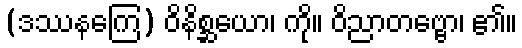
(ဒဿနကြေ) ဝိနိစ္ဆယော၊ ကို။ ဝိညာတဗ္ဗော၊ ၏။